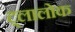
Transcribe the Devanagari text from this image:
ट्लालोक